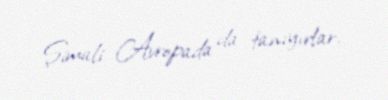
Şimali Avropada da tanıyırlar.